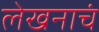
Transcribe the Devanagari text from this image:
लेखनाचं